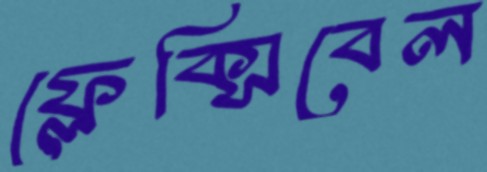
ফ্লেক্সিবেল